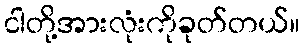
ငါတို့အားလုံးကိုခုတ်တယ်။